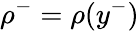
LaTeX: \rho^{-}=\rho(y^{-})